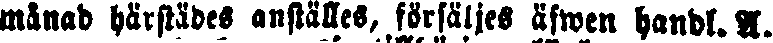
månad härstädes anställes, försäljes äfwen handl.A.